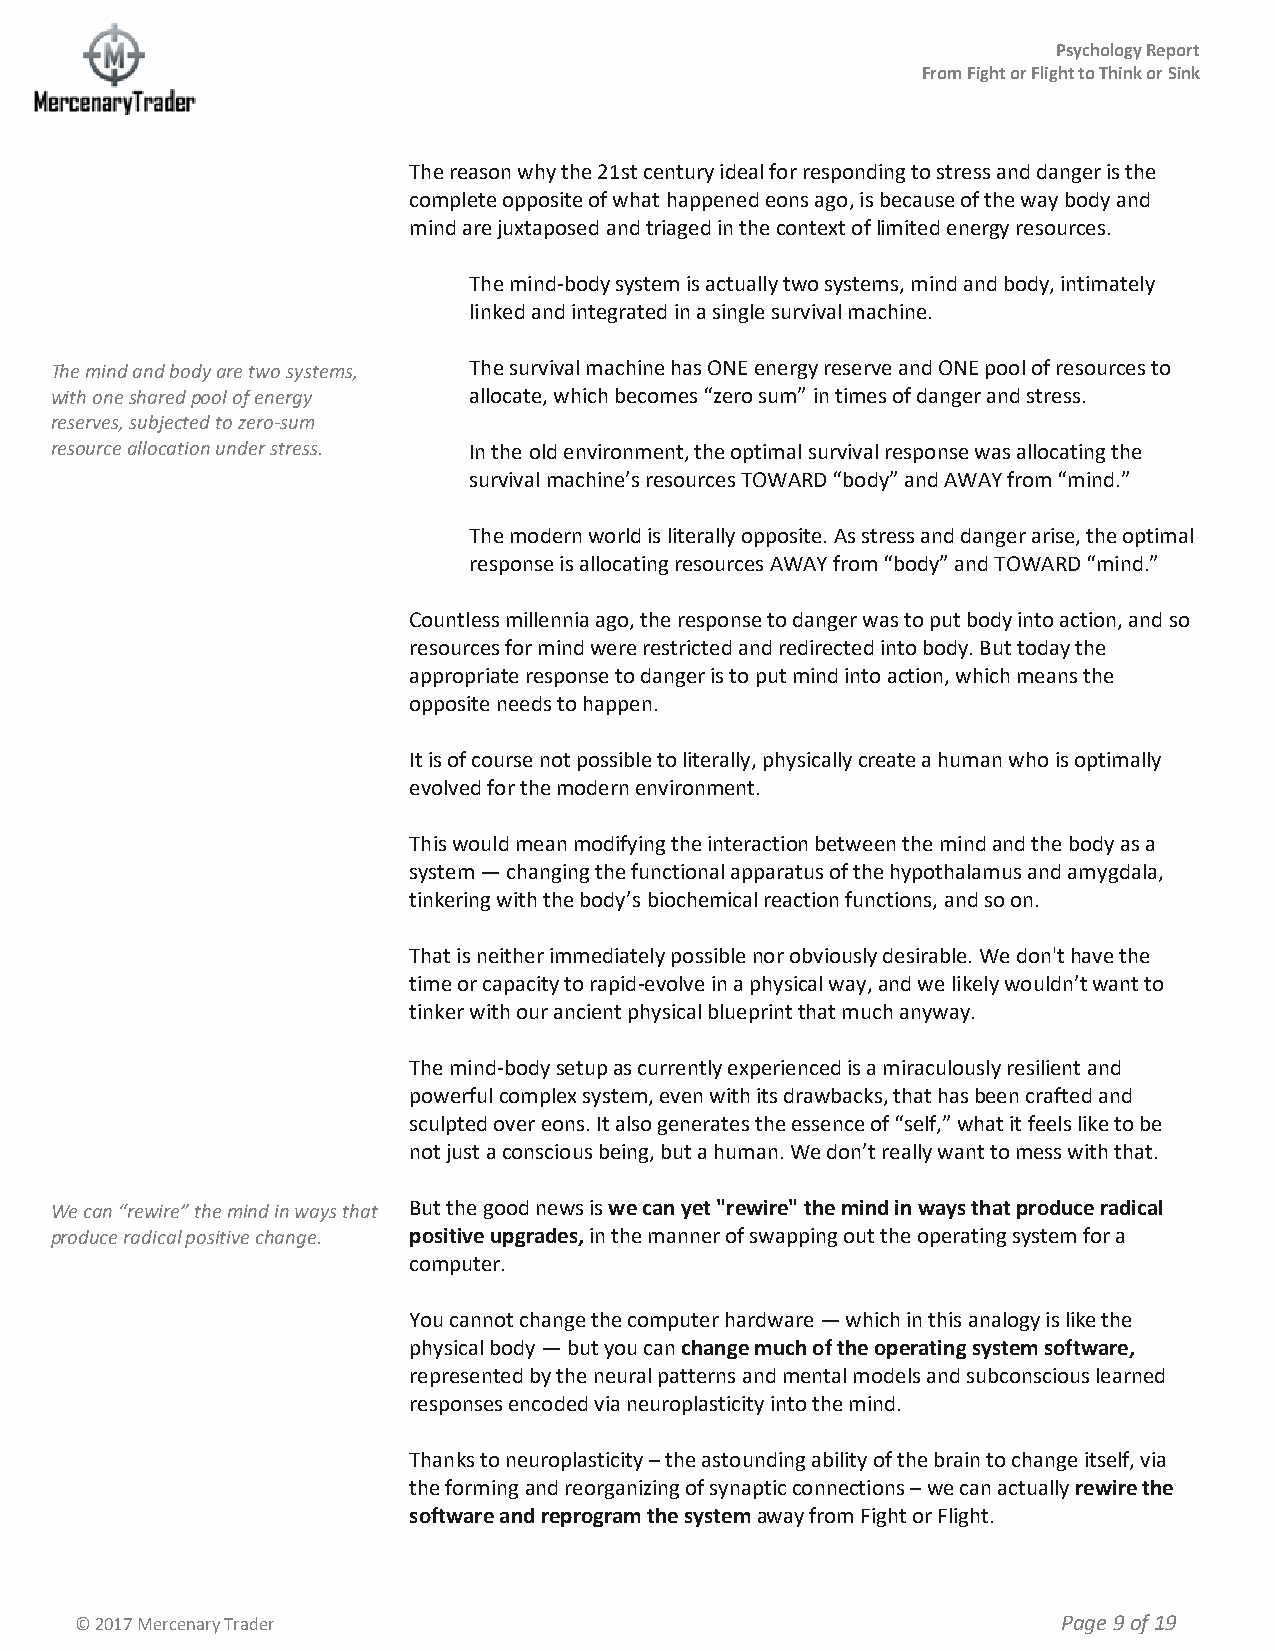
Psychology Report
 From Fight or Flight to Think or Sink
 The reason why the 21st century ideal for responding to stress and danger is the
 complete opposite of what happened eons ago, is because of the way body and
 mind are juxtaposed and triaged in the context of limited energy resources.
 The mind-body system is actually two systems, mind and body, intimately
 linked and integrated in a single survival machine.
 The mind and body are two systems, The survival machine has ONE energy reserve and ONE pool of resources to
 with one shared pool of energy allocate, which becomes “zero sum” in times of danger and stress.
 reserves, subjected to zero-sum
 resource allocation under stress. In the old environment, the optimal survival response was allocating the
 survival machine’s resources TOWARD “body” and AWAY from “mind.”
 The modern world is literally opposite. As stress and danger arise, the optimal
 response is allocating resources AWAY from “body” and TOWARD “mind.”
 Countless millennia ago, the response to danger was to put body into action, and so
 resources for mind were restricted and redirected into body. But today the
 appropriate response to danger is to put mind into action, which means the
 opposite needs to happen.
 It is of course not possible to literally, physically create a human who is optimally
 evolved for the modern environment.
 This would mean modifying the interaction between the mind and the body as a
 system — changing the functional apparatus of the hypothalamus and amygdala,
 tinkering with the body’s biochemical reaction functions, and so on.
 That is neither immediately possible nor obviously desirable. We don't have the
 time or capacity to rapid-evolve in a physical way, and we likely wouldn’t want to
 tinker with our ancient physical blueprint that much anyway.
 The mind-body setup as currently experienced is a miraculously resilient and
 powerful complex system, even with its drawbacks, that has been crafted and
 sculpted over eons. It also generates the essence of “self,” what it feels like to be
 not just a conscious being, but a human. We don’t really want to mess with that.
 We can “rewire” the mind in ways that But the good news is we can yet "rewire" the mind in ways that produce radical
 produce radical positive change. positive upgrades, in the manner of swapping out the operating system for a
 computer.
 You cannot change the computer hardware — which in this analogy is like the
 physical body — but you can change much of the operating system software,
 represented by the neural patterns and mental models and subconscious learned
 responses encoded via neuroplasticity into the mind.
 Thanks to neuroplasticity – the astounding ability of the brain to change itself, via
 the forming and reorganizing of synaptic connections – we can actually rewire the
 software and reprogram the system away from Fight or Flight.
 © 2017 Mercenary Trader                                          Page 9 of 19